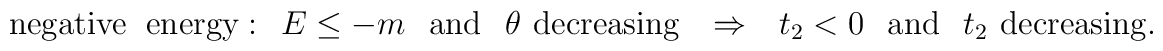
{\mathrm{negative}}  \hspace{0.25 cm} {\mathrm{energy:}} \hspace{0.3 cm} E \leq -m \hspace{0.3 cm} {\mathrm{and}} \hspace{0.3 cm} \theta \hspace{0.15 cm} {\mathrm{decreasing}} \hspace{0.3cm} \Rightarrow \hspace{0.3cm}  t_{2} < 0  \hspace{0.3 cm}	{\mathrm{and}} \hspace{0.3 cm} t_{2} \hspace{0.15 cm} {\mathrm{decreasing}} .